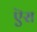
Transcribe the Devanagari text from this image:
ऎरा